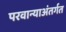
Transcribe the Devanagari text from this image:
परवान्याअंतर्गत